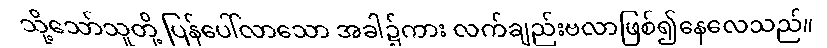
သို့သော်သူတို့ ပြန်ပေါ်လာသော အခါ၌ကား လက်ချည်းဗလာဖြစ်၍နေလေသည်။